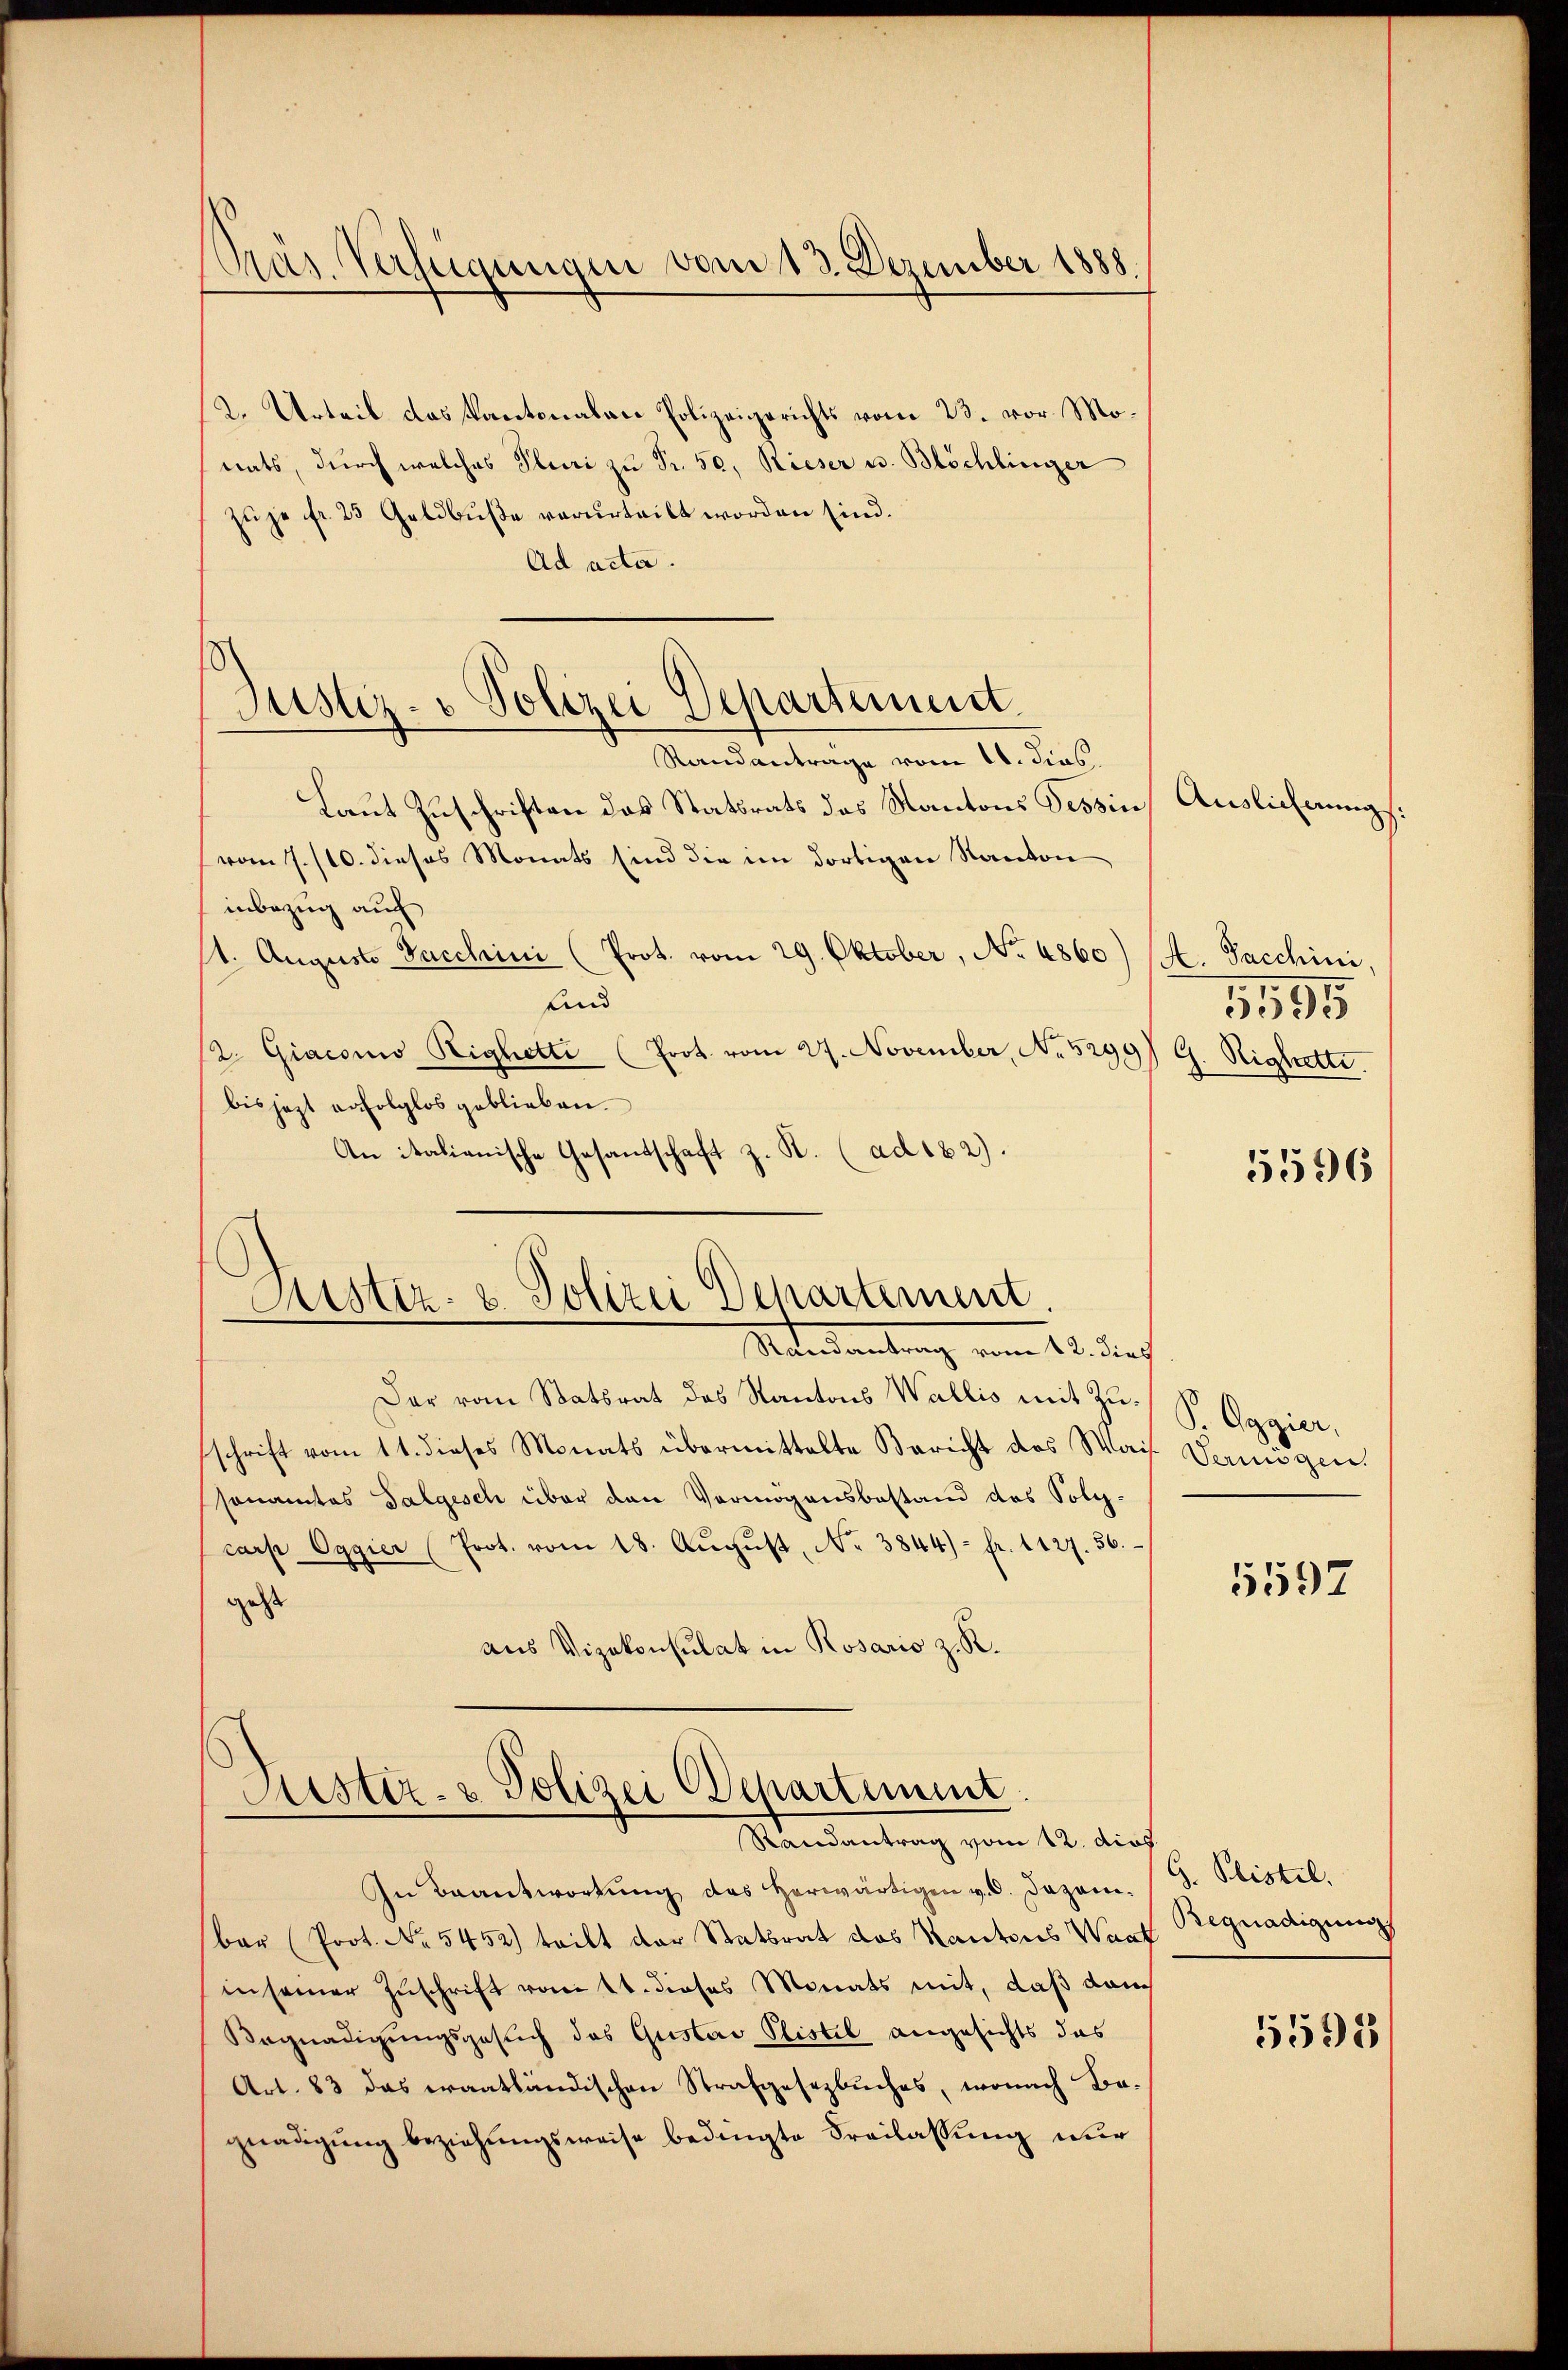
Prás Verfügungen vom 13. Dezember 1888.

2. Urteil das Kantonalen Polizeigerichts vom 23. vor. Monats, durch welches Pluri zu Sr. 50, Rieser u. Blöchlinger
zu je fr. 23 Geldbuße verurteilt worden sind.
Ad acta.
Randantrage vom 11. dies
Laut Zuschriften das Statsrats das Kantons Tessin,
vom 7./10. dieses Monats sind die im dortigen Kanton
inbezug auf
/1. August Sacchini (Prot. vom 29. Oktober, No. 4860) (A. Sacchini
Kind
2. Giacono Highetti (Prot. vom 27. November, No 5299
bis jezt erfolglos geblieben.
An italienische Gesandschaft z. K. (ad 182).

Justiz- & Polizei Departement.

Justiz- u. Polizei Departement.
Materdankung vom 18. diech

Fuester- & Polizei Departement.
Mandantung vom 10. durch

Dar vom Staatsrat des Kantons Wallis mit Zuschrift vom 11. dieses Monats übermittelte Bericht des Wais
ssonamtes Talgesch über den Vermögensbestand des Folgcarp Oggier (Prot. vom 18. Aŭgŭst No. 3844) - fr. 1127. 36.
gesse
aus Vizekonsulat in Rosario z. R.

In Beantwortŭng des herwärtigen v. 6. Dazam. S. Plistel
bar (Prot. No 5452) teilt der Stattrat das Kantons Wart
in seiner Zuschrift vom 14. dieses Monats mit, daß dan
Begnadigungsgesuch das Gustav Plistel angesichts das
Art. 83 das erantländischen Strafgesezbuches, wonach Bagnadigung beziehungsweise bedingte Freilassung nur

Auslichnung.

5595
G. Righotte

5596

S. Eggier,
Vermögen.

5597

Begnadigung

5595